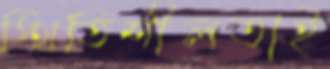
স্থিতিশীলতাই